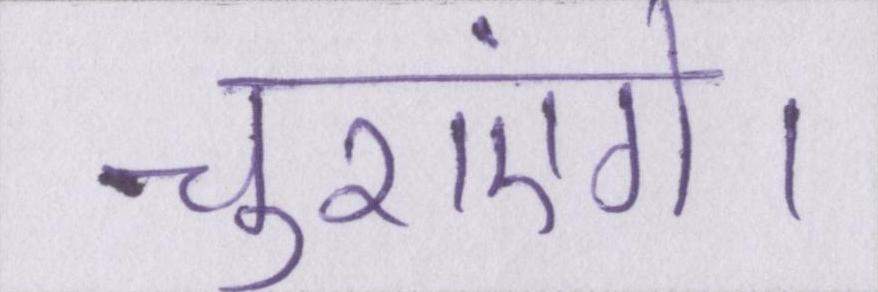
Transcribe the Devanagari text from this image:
चुराएंगे।